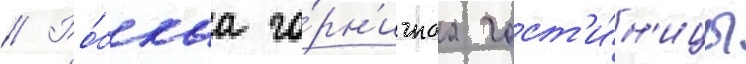
// Ро́бкаа го́рн'ичнаа гост'и́н'ицы